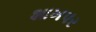
શાખપર